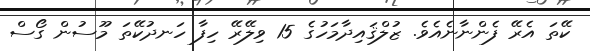
ކޭތަ އެރޭ ފެންނާނެއެވެ. ޒުލްޤައިދާމަހުގެ 15 ވިލޭރޭ ހިފާ ހަނދުކޭތަ މޫސުން ގޯސް